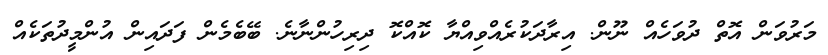
މަރުވަން އޮތް ދުވަހެއް ނޫން. އިރާދަކުރެއްވިއްޔާ ކޮއްކޮ ދިރިހުންނާނެ. ބޭބެމެން ފަދައިން އުންމީދުތަކެއް